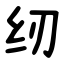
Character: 纫